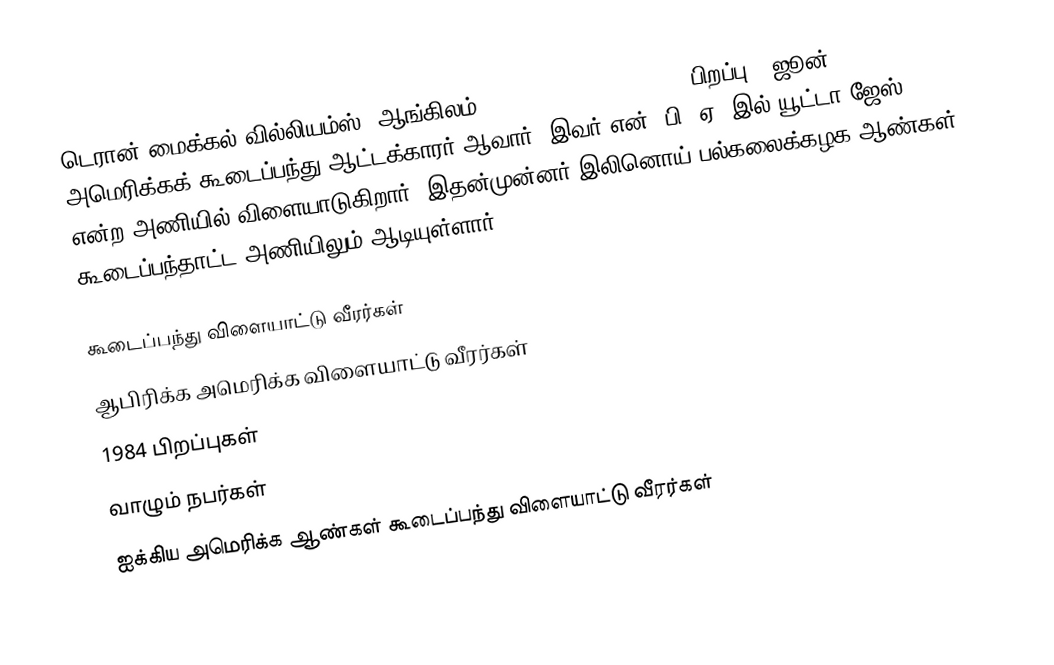
டெரான் மைக்கல் வில்லியம்ஸ் (ஆங்கிலம்:Deron Michael Williams, பிறப்பு - ஜூன் 26, 1984) அமெரிக்கக் கூடைப்பந்து ஆட்டக்காரர் ஆவார். இவர் என். பி. ஏ.-இல் யூட்டா ஜேஸ் என்ற அணியில் விளையாடுகிறார். இதன்முன்னர் இலினொய் பல்கலைக்கழக ஆண்கள் கூடைப்பந்தாட்ட அணியிலும் ஆடியுள்ளார்.

கூடைப்பந்து விளையாட்டு வீரர்கள்
ஆபிரிக்க அமெரிக்க விளையாட்டு வீரர்கள்
1984 பிறப்புகள்
வாழும் நபர்கள்
ஐக்கிய அமெரிக்க ஆண்கள் கூடைப்பந்து விளையாட்டு வீரர்கள்